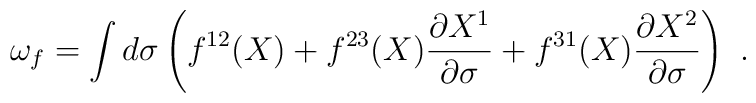
\omega_f = \int d\sigma \left(f^{12}(X)+ f^{23}(X)\frac{\partial X^1}{\partial \sigma}+f^{31}(X)\frac{\partial X^2}{\partial \sigma}\right)\,\,.